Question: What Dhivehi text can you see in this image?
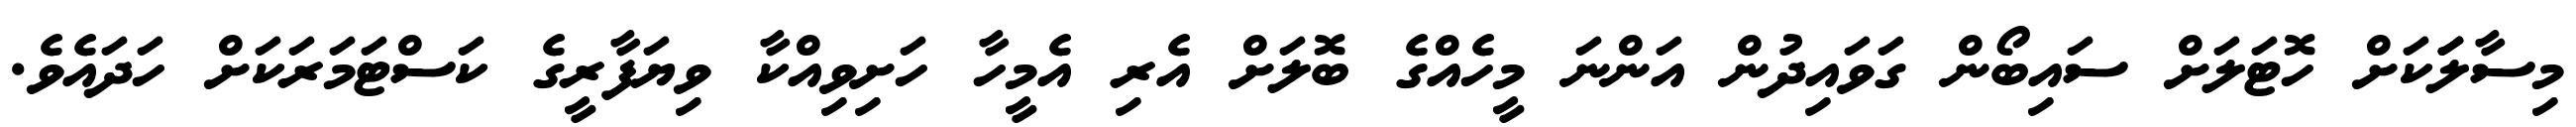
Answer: މިސާލަަކަށް ހޮޓަލަށް ސައިބޯން ގަވައިދުން އަންނަ މީހެއްގެ ބޮލަށް އެރި އެމީހާ ހަށިވިއްކާ ވިޔަފާރީގެ ކަސްޓަމަރަކަށް ހަދައެވެ.